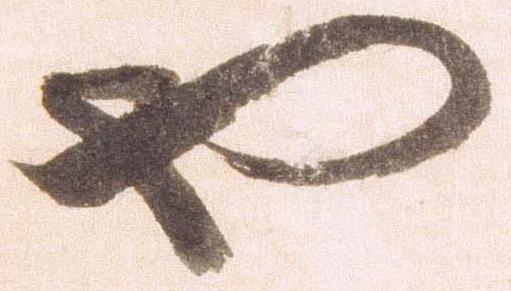
也